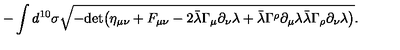
- \int d ^ { 1 0 } \sigma \sqrt { - \mathrm { d e t } \big ( \eta _ { \mu \nu } + F _ { \mu \nu } - 2 \bar { \lambda } \Gamma _ { \mu } \partial _ { \nu } \lambda + \bar { \lambda } \Gamma ^ { \rho } \partial _ { \mu } \lambda \bar { \lambda } \Gamma _ { \rho } \partial _ { \nu } \lambda \big ) } .